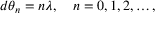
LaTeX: d \theta _ { n } = n \lambda , \quad n = 0 , 1 , 2 , \ldots ,